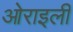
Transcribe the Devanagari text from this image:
ओराइली